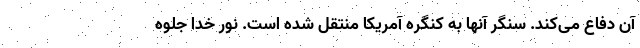
آن دفاع می‌کند. سنگر آنها به کنگره آمریکا منتقل شده است. نور خدا جلوه